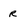
Character: R